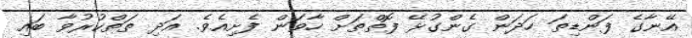
އޭނާގެ ފަންޑިތަ ހަދަން ގެންގުޅޭ ފޮތްތަށް ހާވަން ފެށިއެވެ. އަދި ތަތްކުރުވާ ބައި